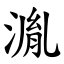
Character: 湚